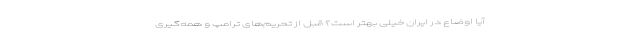
آیا اوضاع در ایران خیلی بهتر است؟ قبل از تحریم‌های ترامپ و همه‌گیری